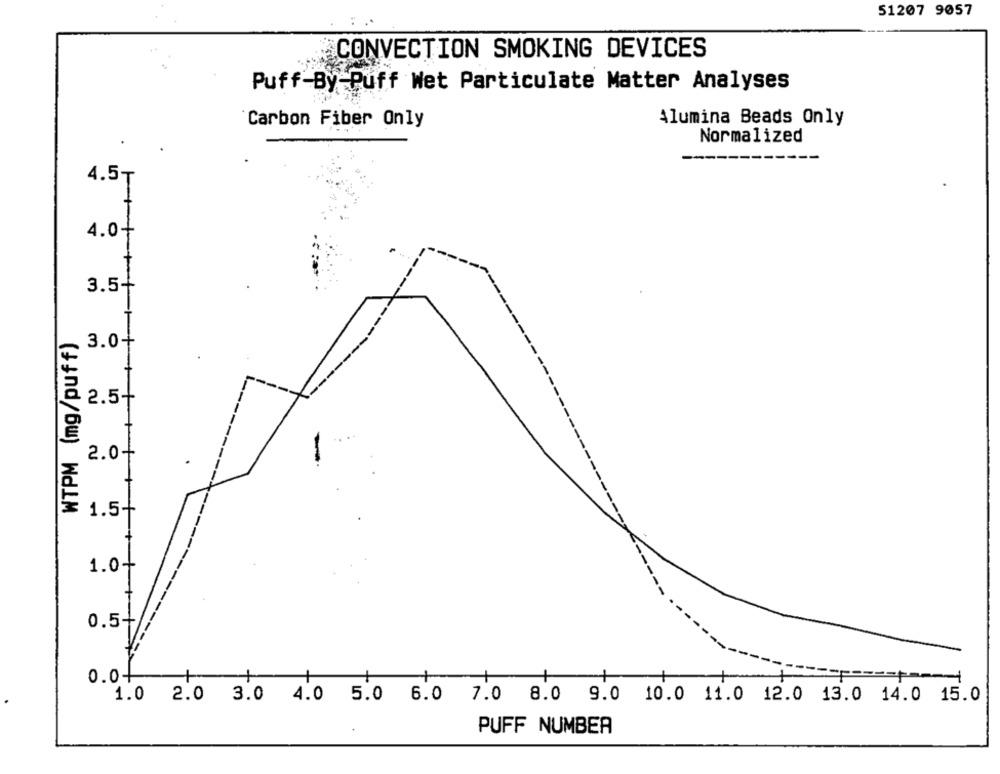
51207 9057
¿CONVECTION SMOKING DEVICES
Puff-By-Puff Wet Particulate Matter Analyses
Carbon Fiber Only
Alumina Beads Only
Normalized
---
4.5₸
4.0+
3.5-
WTPM (mg/puff)
3.0+
2.5+
2.0+
1.5-
1.0+
0.5+
0.04
1.0 2.0 3.0 4.0 5.0 6.0 7.0 8.0 9.0 10.0 11.0 12.0 13.0 14.0 15.0
PUFF NUMBER